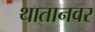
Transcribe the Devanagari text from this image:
थातानवर